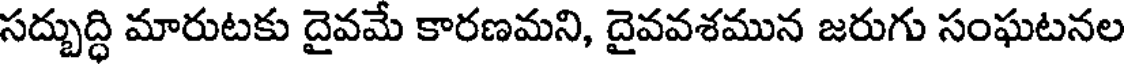
సద్బుద్ధి మారుటకు దైవమే కారణమని, దైవవశమున జరుగు సంఘటనల